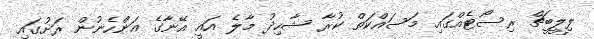
ލިލީބީޗް ރިސޯޓެއްގައި މަސައްކަތް ކުރާ ޝާހިދު މާލެ އައީ އޭނާގެ އަންހެނުން ރަށުގައި